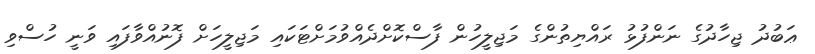
ޢަބުދު ޖިހާދުގެ ނަންފުޅު ރައްޔިތުންގެ މަޖިލީހުން ފާސްކޮށްދެއްވުމަށްޓަކައި މަޖިލީހަށް ފޮނުއްވާފައި ވަނީ ހުސްވި